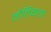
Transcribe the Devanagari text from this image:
नैतिकता